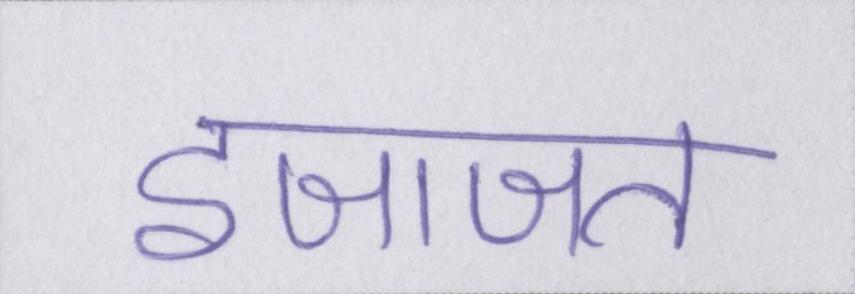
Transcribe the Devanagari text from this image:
इजाजत